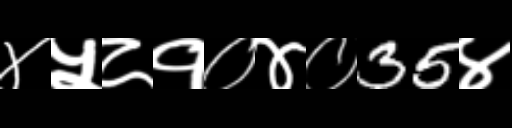
Text: ४५८१०४०35४